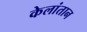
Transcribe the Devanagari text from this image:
केलांतान